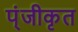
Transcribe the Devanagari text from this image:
प्ंजीकृत